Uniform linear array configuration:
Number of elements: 8
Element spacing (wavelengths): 0.25
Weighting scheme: binomial
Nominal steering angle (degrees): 30
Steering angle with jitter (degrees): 30.961
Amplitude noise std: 0.05
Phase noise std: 0.05

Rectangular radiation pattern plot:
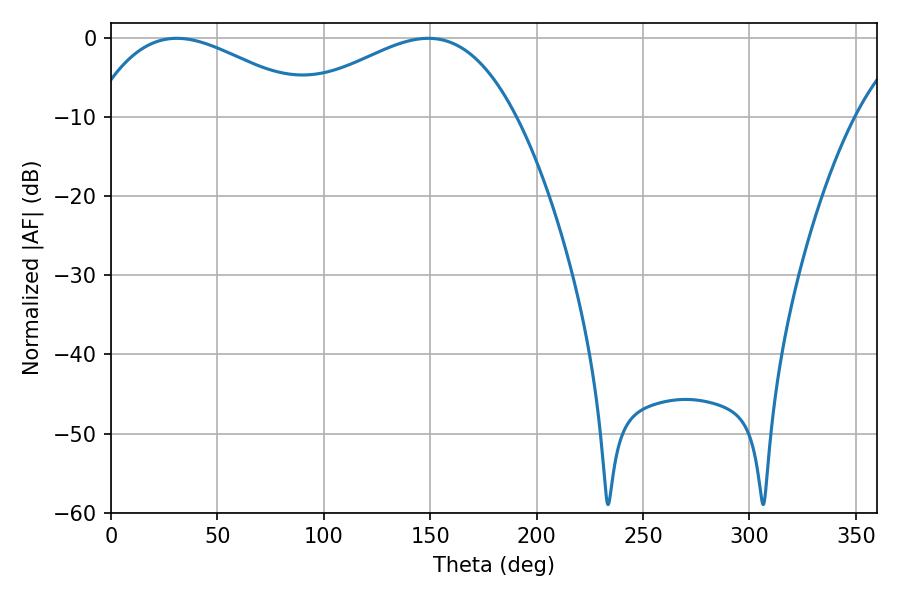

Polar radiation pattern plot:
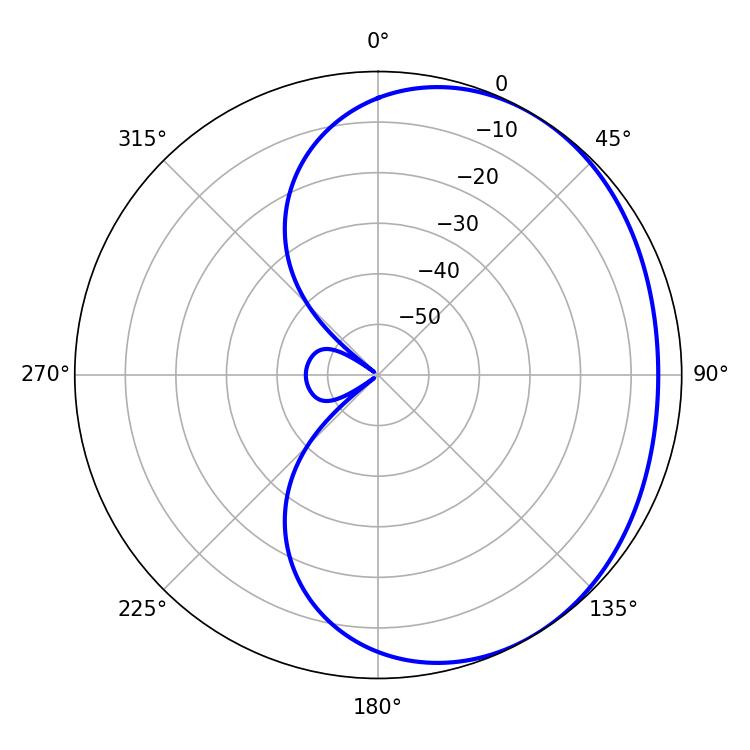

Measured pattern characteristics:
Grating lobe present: FALSE
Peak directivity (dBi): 2.145
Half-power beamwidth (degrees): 57.96
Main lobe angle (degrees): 30.96